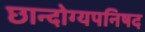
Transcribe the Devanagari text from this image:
छान्दोग्यपनिषद